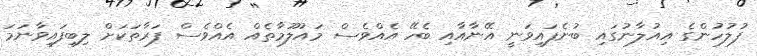
ފުލުހުންގެ އިއުލާނުގައި ބުނެފައިވަނީ އޭނާއާއި ބެހޭ އެއްވެސް މައުލޫމާތެއް އެއްވެސް ފަރާތަކަށް ލިބިފައިވާނަމަ